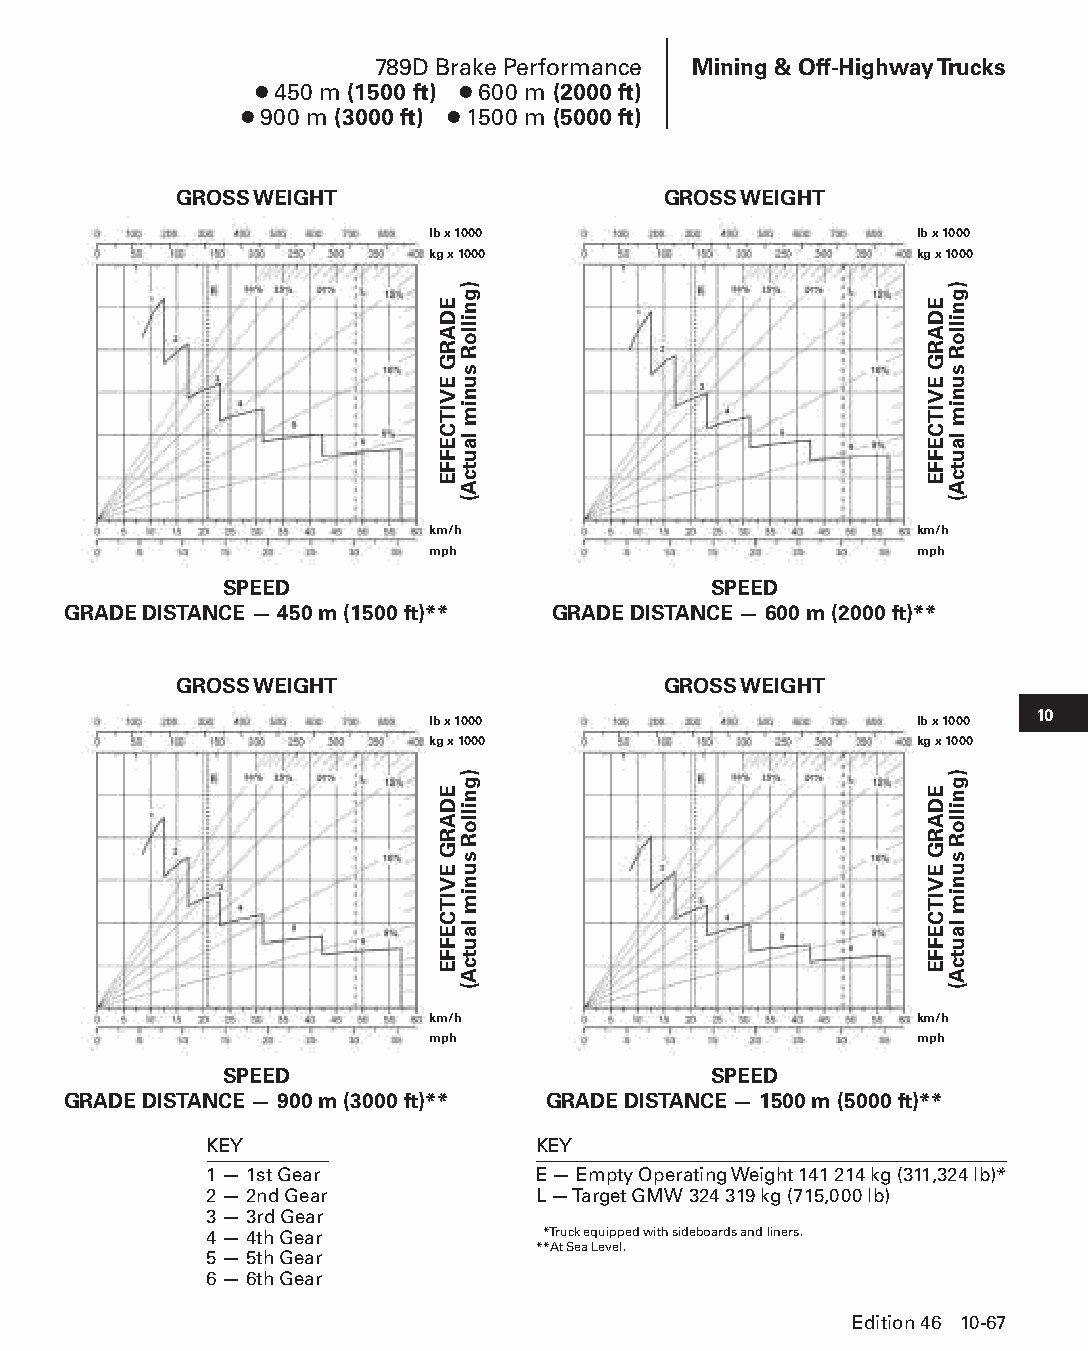
789D Brake Performance Mining & Off-Highway Trucks
 ● 450 m (1500 ft) ● 600 m (2000 ft)
 ● 900 m (3000 ft) ● 1500 m (5000 ft)
 GROSS WEIGHT                    GROSS WEIGHT
 lb x 1000                       lb x 1000
 kg x 1000                       kg x 1000
 km/h                            km/h
 mph                             mph
 SPEED                           SPEED
 GRADE DISTANCE — 450 m (1500 ft)** GRADE DISTANCE — 600 m (2000 ft)**
 GROSS WEIGHT                    GROSS WEIGHT
 10
 lb x 1000                       lb x 1000
 kg x 1000                       kg x 1000
 km/h                            km/h
 mph                             mph
 SPEED                           SPEED
 GRADE DISTANCE — 900 m (3000 ft)** GRADE DISTANCE — 1500 m (5000 ft)**
 KEY                   KEY
 1 — 1st Gear          E — Empty Operating Weight 141 214 kg (311,324 lb)*
 2 — 2nd Gear          L — Target GMW 324 319 kg (715,000 lb)
 3 — 3rd Gear
 4 — 4th Gear          **Truck equipped with sideboards and liners.
 **At Sea Level.
 5 — 5th Gear
 6 — 6th Gear
 Edition 46 10-67
 PPHHBB--SSeecc1100((ppgg5533--8844))..iinndddd 6677            1122//44//1155 1100::4455 AAMM
 EDARG
 EVITCEFFE
 EDARG
 EVITCEFFE
 )gnilloR
 sunim
 lautcA(
 )gnilloR
 sunim
 lautcA(
 EDARG
 EVITCEFFE
 EDARG
 EVITCEFFE
 )gnilloR
 sunim
 lautcA(
 )gnilloR
 sunim
 lautcA(